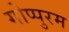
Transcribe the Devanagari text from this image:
गोप्पुरम